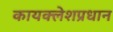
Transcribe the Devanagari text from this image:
कायक्लेशप्रधान